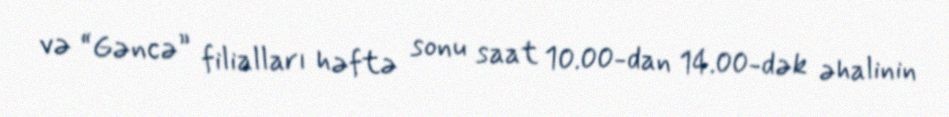
və “Gəncə” filialları həftə sonu saat 10.00-dan 14.00-dək əhalinin